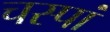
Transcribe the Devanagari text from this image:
चस्पां